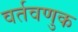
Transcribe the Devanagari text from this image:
वर्तवणुक